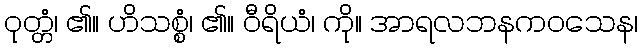
ဝုတ္တံ၊ ၏။ ဟိသစ္စံ၊ ၏။ ဝီရိယံ၊ ကို။ အာရလဘနကဝသေန၊